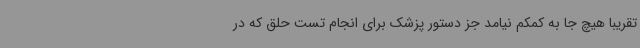
تقریبا هیچ جا به کمکم نیامد جز دستور پزشک برای انجام تست حلق که در